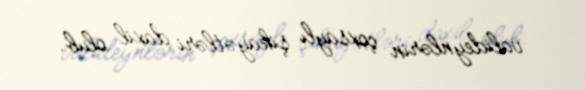
valideynlərin çoxsaylı şikayətləri daxil olub.